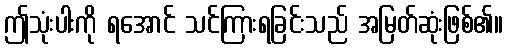
ဤသုံးပါးကို ရအောင် သင်ကြားရခြင်းသည် အမြတ်ဆုံးဖြစ်၏။